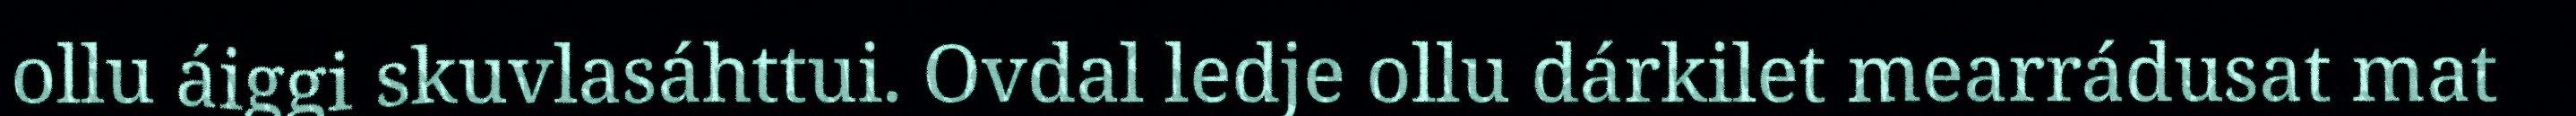
ollu áiggi skuvlasáhttui. Ovdal ledje ollu dárkilet mearrádusat mat